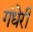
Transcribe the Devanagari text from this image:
गंधेरी